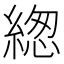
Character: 緫